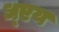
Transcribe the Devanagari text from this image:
ध्एय